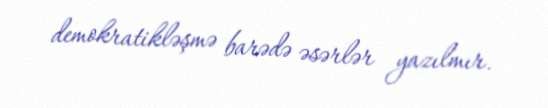
demokratikləşmə barədə əsərlər yazılmır.